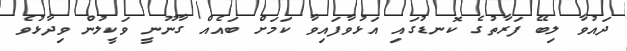
ދައުވާ ލިބޭ ފަރާތުގެ ކޮނޑުގައި އަޅުވާފައިވާ ކަމަށް ބައެއް ގާނޫނީ ވަކީލުން ވިދާޅުވެ